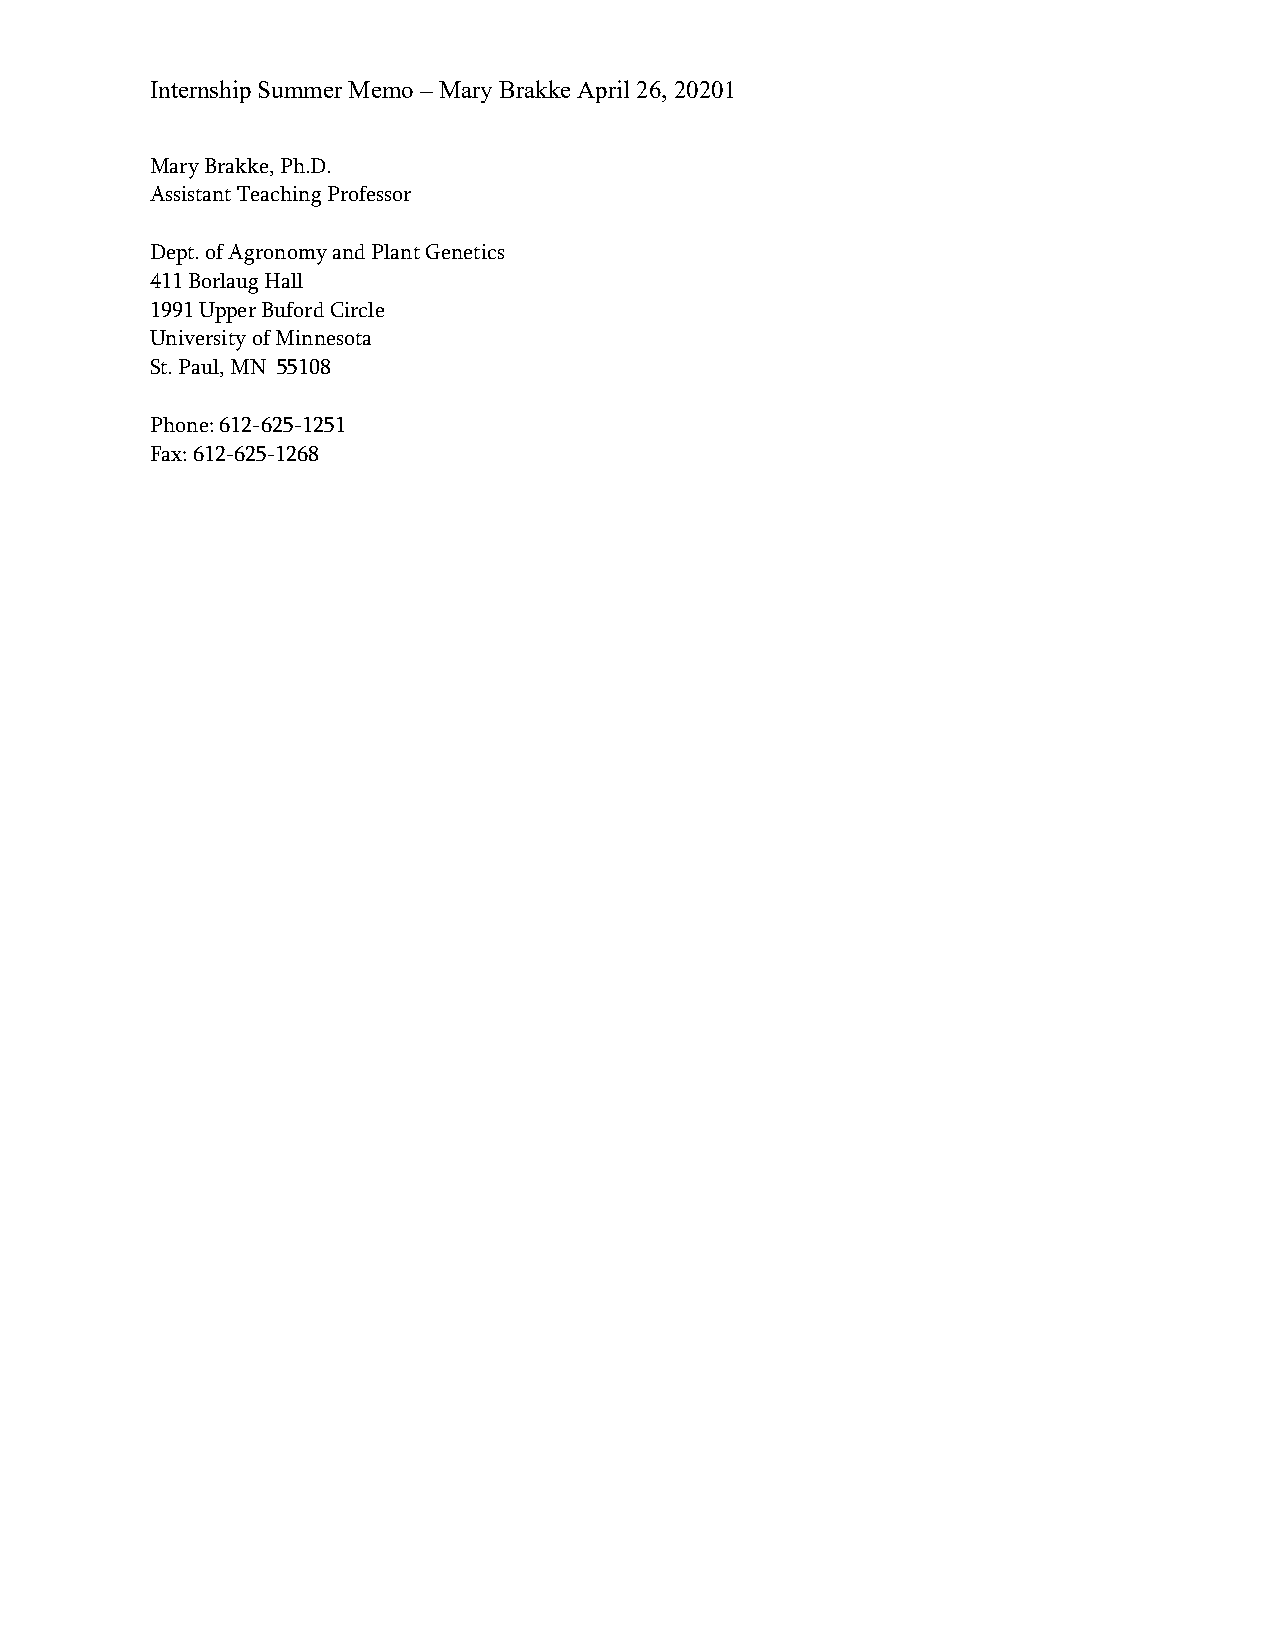
Internship Summer Memo – Mary Brakke April 26, 20201
 Mary Brakke, Ph.D.
 Assistant Teaching Professor
 Dept. of Agronomy and Plant Genetics
 411 Borlaug Hall
 1991 Upper Buford Circle
 University of Minnesota
 St. Paul, MN 55108
 Phone: 612-625-1251
 Fax: 612-625-1268